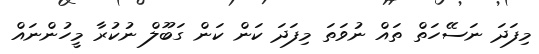
މިފަދަ ނަސޭހަތް ތައް ނުވަތަ މިފަދަ ކަން ކަން ގަބޫލް ނުކުރާ މީހުންނައް